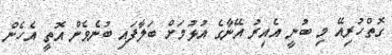
ގޮތްހުރިއޭ މި ބުނީ އެއިރު އޭނާގެ އުޅުމަށް ބަލާފައި ބުނެވެން އޮތީ އެހެން